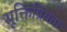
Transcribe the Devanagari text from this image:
सूक्तिप्रियता